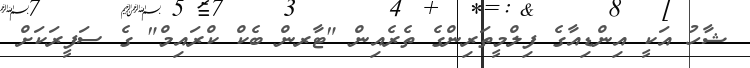
ޝާހު އަކީ އިންޑިއާގެ ފިލްމީތަރިންގެ ތެރެއިން "ޓާރން ބެކް ކްރައިމް" ގެ ސަފީރަކަށް